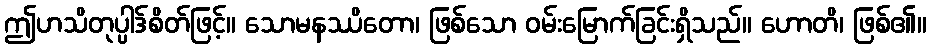
ဤဟသိတုပ္ပါဒ်စိတ်ဖြင့်။ သောမနဿိတော၊ ဖြစ်သော ဝမ်းမြောက်ခြင်းရှိသည်။ ဟောတိ၊ ဖြစ်၏။